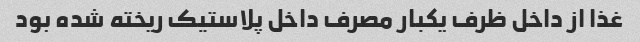
غذا از داخل ظرف یکبار مصرف داخل پلاستیک ریخته شده بود